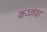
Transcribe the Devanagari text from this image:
कज्जया